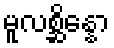
မူလစ္ဆိန္နော